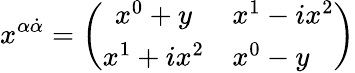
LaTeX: x^{\alpha{\dot{\alpha}}}=\left(\begin{array}{cl}{{x^{0}+y}}&{{x^{1}-ix^{2}}}\\ {{x^{1}+ix^{2}}}&{{x^{0}-y}}\end{array}\right)